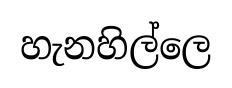
හැනහිල්ලෙ